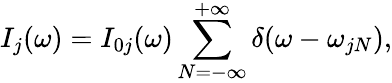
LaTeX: I_{j}(\omega)={I}_{0j}(\omega)\sum_{N=-\infty}^{+\infty}\delta(\omega-\omega_{jN}),